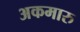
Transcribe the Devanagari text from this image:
अकमारु